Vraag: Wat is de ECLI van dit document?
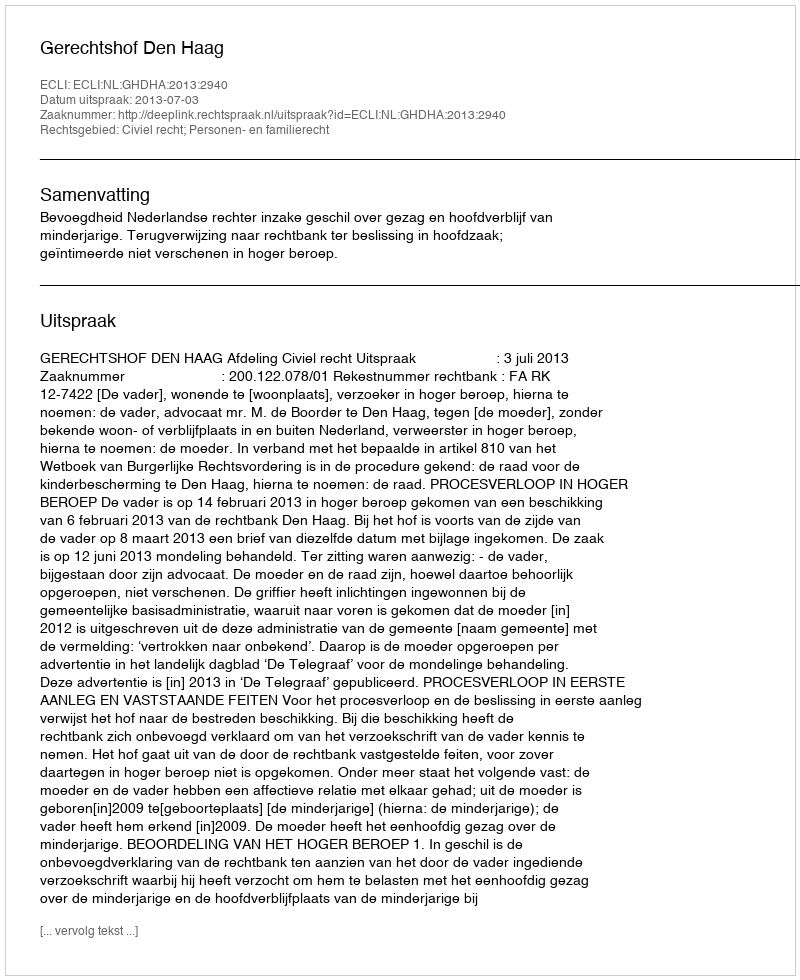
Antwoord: ECLI:NL:GHDHA:2013:2940